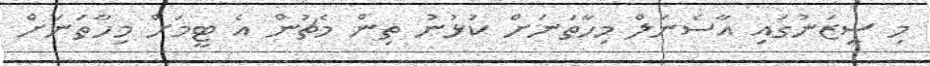
މި ސީޒަނުގައި އާސެނަލް މިހާތަނަށް ކުޅުނު ތިން މެޗުން އެ ޓީމަށް މިހާތަނަށް